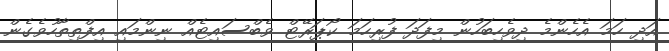
އަދި ހަމަ އެހެންމެ ދިވެހިބަހުން މިފަދަ ފުރިހަމަ ކޯޕަރޭޓް ވެބްސައިޓެއް ނިންމައި އިފްތިތާހުވެގެން